Statistics compiled by the Government of India from the reports of provincial Civil Veterinary Departments
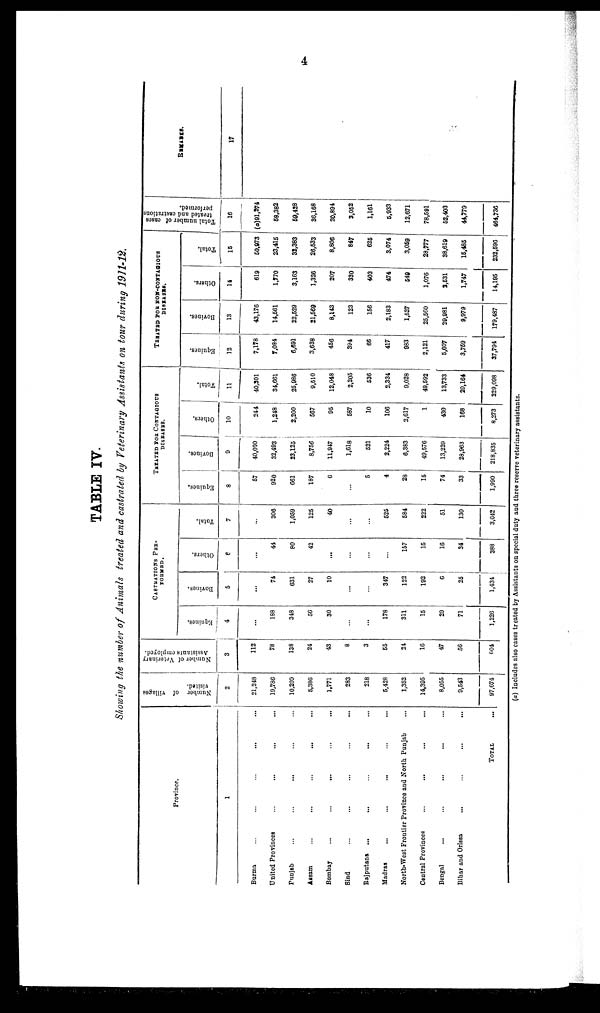
4
TABLE IV.
Showing the number of Animals treated and castrated by Veterinary Assistants on tour during 1911-12.
Province.
1
Burma ... ... ... ... ...
United Provinces ... ... ... ... ...
Punjab ... ... ... ... ...
Assam ... ... ... ...
Bombay
...
...
...
...
...
Sind ... ... ... ... ...
Rajputana ... ... ... ... ... ...
Madras ... ... ... ...
North-West Frontier Province and North Punjab ... ... ... ...
Central Provinces ... ... ... ...
Bengal ... ... ... ...
Bihar and Orissa ... ... ... ... ...
TOTAL ...
Number of villages
visited.
2
21,248
19,786
10,209
5,386
1,771
283
218
5,428
1,352
14,395
8,055
9,543
97,674
Number of Veterinary
Assistants employed.
3
112
78
138
24
43
8
3
55
24
16
47
56
604
CASTRATIONS PER¬
FORMED
Equines.
4
...
188
348
56
30
...
...
178
311
15
29
71
1,226
Bovines.
5
...
74
631
27
10
...
...
347
122
192
6
25
1,434
Others.
6
...
44
80
42
...
...
...
...
157
15
16
34
388
Total.
7
...
306
1,059
125
40
...
...
525
584
222
51
130
3,042
TREATED FOR CONTAGIOUS
DISEASES.
Equines.
8
57
920
661
187
6
...
5
4
28
15
74
33
1,990
Bovines.
9
40,000
32,493
23,125
8,756
11,947
1,618
521
2,224
6,383
49,576
13,229
28,963
218,835
Others.
10
244
1,248
2,200
567
95
587
10
106
2,617
1
430
168
8,273
Total.
11
40,301
34,661
25,986
9,510
12,048
2,205
536
2,334
9,028
49,592
13,733
29,164
229,098
TREATED FOR NON-CONTAGIOUS
DISEASES.
Equines.
12
7,178
7,084
6,691
3,638
456
394
66
417
983
2,121
5,007
3,759
37,794
Bovines.
13
43,176
14,561
22,529
21,569
8,143
123
156
2,183
1,527
25,560
29,981
9,979
179,487
Others.
14
619
1,770
3,163
1,326
207
330
403
474
549
1,076
2,531
1,747
14,195
Total.
15
50,973
23,415
32,383
26,533
8,806
847
625
3,074
3,059
28,777
38,619
15,485
232,596
Total number of cases
treated and castrations
performed.
16
(a)91,274
58,382
59,428
36,168
20,894
3,052
1,161
5,933
12,671
78,591
52,403
44,779
464,736
REMARKS.
17
(a) Includes also cases treated by Assistants on special duty and three reserve veterinary assistants.